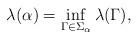
LaTeX: \begin{align*}\lambda(\alpha) = \inf_{\Gamma\in \Sigma_\alpha} \lambda(\Gamma), \end{align*}